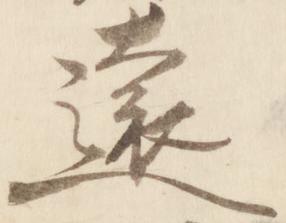
遠